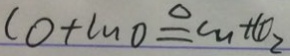
C O + C u O \xlongequal { \Delta } C u + C O _ { 2 }